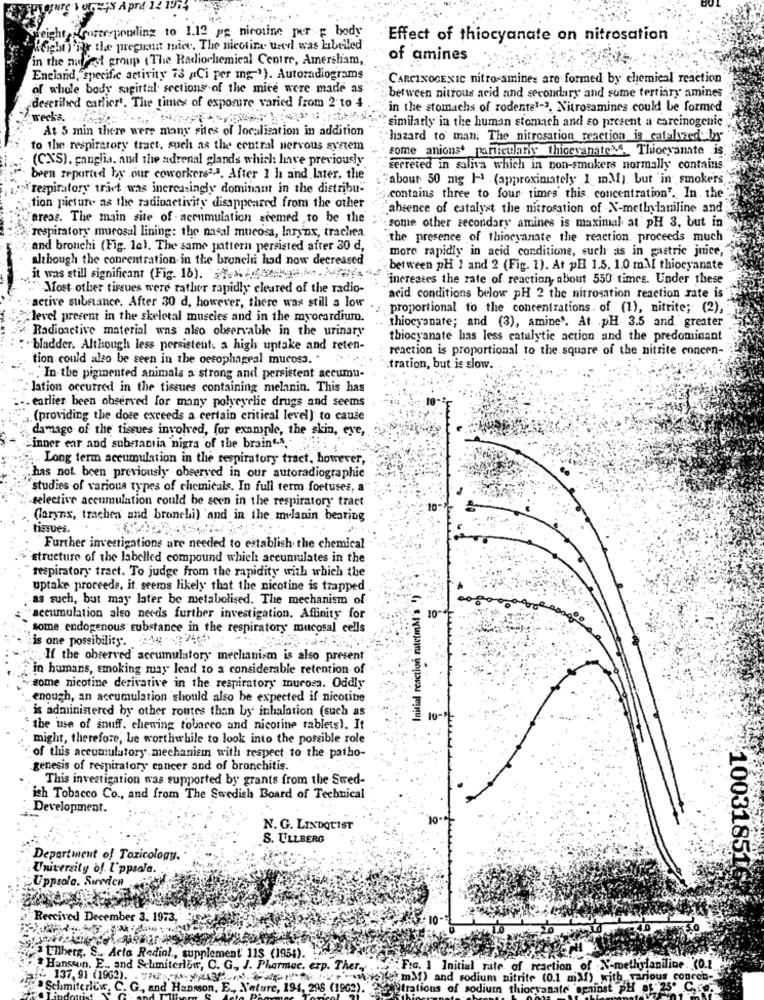
Height,morereponding to 1.12 pg nicotine per ; body
Effect of thiocyanate on nitrosation
"fight) is the pregnant miev. The nicotina ured was hibelled
in the muffest group ( The Radiochemical Centre, Amersham,
of amines
England,"specific activity 73 "Ci per mg-"). Autoradiograms
CARCINOGENIC nitro-amines are formed by chemical reaction
of whole body sagittal sections of the mice were made as
between nitrous acid and secondary and some tertiary amines
described carlier'. The times of exposure varied from 2 to 4
in the stomachs of rodente1-3. Nitrosamines could be formed
wecks.
similarly in the human stomach and so present a carcinogenic
At 5 min there were many sites of localisation in addition
liazard to man. The nitrosation reaction is catalyzed by
to the respiratory tract, such as the central nervous system
Fome anions' particularly thiccvanates. Thiocyanate is.
(CXS), ganglia, and the adrenal glands which have previously
secreted in salita which in non-smokers normally contains
been reported by our coworkersas. After 1 h and later, the
about 50 mg 1-1 (approximately 1 m.M). but in smokers
"respiratory tract was increasingly dominant in the distribu""
.contains three to four times' this. concentration". In. the
tion picture as the radioactivity disappeared from the other
absence of catalyst the nitrosation of N-methylamiline and
areas. The main site of . accumulation seemed to be the
respiratory murosal lining: the nasil mucosa, larynx, trachea
some other secondary amines is maximal at pH 3, but in
the presence of thiocyanate the reaction proceeds much
and bronchi (Fig. le). The same pattern persisted after 30 d,
more rapidly in acid conditions, such as in gastric juice,"
although the concentration in the bronchii had now decreased
between pH 1 and 2 (Fig. 1). At pH 1.5. 1.0 mMl thiocyanate
it was still significant (Fig. 16). STOR LABMINIS MO. MIHA
increases the rate of reaction, about 550 times. Under these
"Most other tireues were rather rapidly cleared of the radio-
acid conditions below pH 2 the nitrosation reaction rate is
active substance. After 30 d, however, there was still a low
proportional to the concentrations of (1), nitrite; (2),
"level present in the skeletal muscles and in the myocardium.
Radioactive material was also observable in the urinary
thiocyanate; and (3), amine'. At pH 3.5 and. greater
thiocyanate has less catalytic action and the predominant
·bladder. Although less persistent. a high uptake and reten-
reaction is proportional to the square of the nitrite concen-
tion could also be seen in the oesophageal mucosa. .
.tration, but is slow.
.In the pigmented animals a strong and persistent accumu-
lation occurred in the tiseues containing melanin. This has
earlier been observed for many polycyclic drugs and seems
(providing the doce exceeds a certain critical level) to cause
damage of the tissues involved, for example, the skin, eye,
inner ear and substantia nigra of the brain" ...
Long term accumulation in the respiratory tract, however,
has not been previously observed in our autoradiographie
studies of various types of chemicals. In full term fortuses, a
selective accumulation could be seen in the respiratory tract
(larynx, trachea and bronchi) and in the melanin bearing
tissues.
Further investigatione are needed to establish the chemical
structure of the labelled compound which accumulates in the
respiratory tract. To judge from the rapidity with which the
uptake proceeds, it seems likely that the nicotine is trapped
Initial reaction ratetmM's !)
.as such, but may later be metabolised. The mechanism of
accumulation also needs further investigation. Affinity for
10
some endogenous substance in the respiratory mucosal cells
is one possibility. 4 34
If the observed accumulatory mechanism is also present
in humans, smoking may lead to a considerable retention of
some nicotine derivative in the respiratory murosa. Oddly
enough, an accumulation should also be expected if nicotine
is administered by other routes than by inhalation (such as
the 'use of snuff. chewing tobarco and nicotine tablets). It
might, therefore, be worthwhile to look into the possible role
of this accumulatory mechanism with respect to the patho-
genesis of respiratory cancer and of bronchitis.
This investigation was supported by grants from the Sted-
ish Tobacco Co ., and from The Swedish Board of Technical
Development.
N. G. LINDQUIST
S. ULLBERG
Department of Toxicology.
University of. l'ppsala.
Uppsolo. Sureden
"Received December 3. 1973.
100318516
Ilberg. S
Acta Redial ., supplement 115 (1954).
Hansson. E. and Schmiterlow, C. G. J. Pharmac. exp. Ther ....
Fro. ] Initial rate of reaction of N-methylaniline (0.1
137. 91 (1962).
mM) and rodium nitrite (0.1 miMf) with various conech-
Schmitericw. C. G ., and Hansson, E ., Nature, 194, 296 (1962). e )trations of sodium thiocyanate opminst PH BE 2595